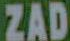
ZAD